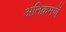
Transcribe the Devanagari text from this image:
अतिक्रमणॅ